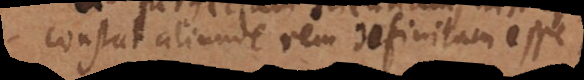
constat rem definitam esse